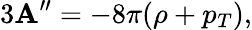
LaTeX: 3\mathbf{A}^{\prime\prime}=-8\pi(\rho+p_{T}),